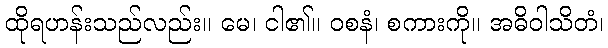
ထိုရဟန်းသည်လည်း။ မေ၊ ငါ၏။ ဝစနံ၊ စကားကို။ အဓိဝါသိတံ၊